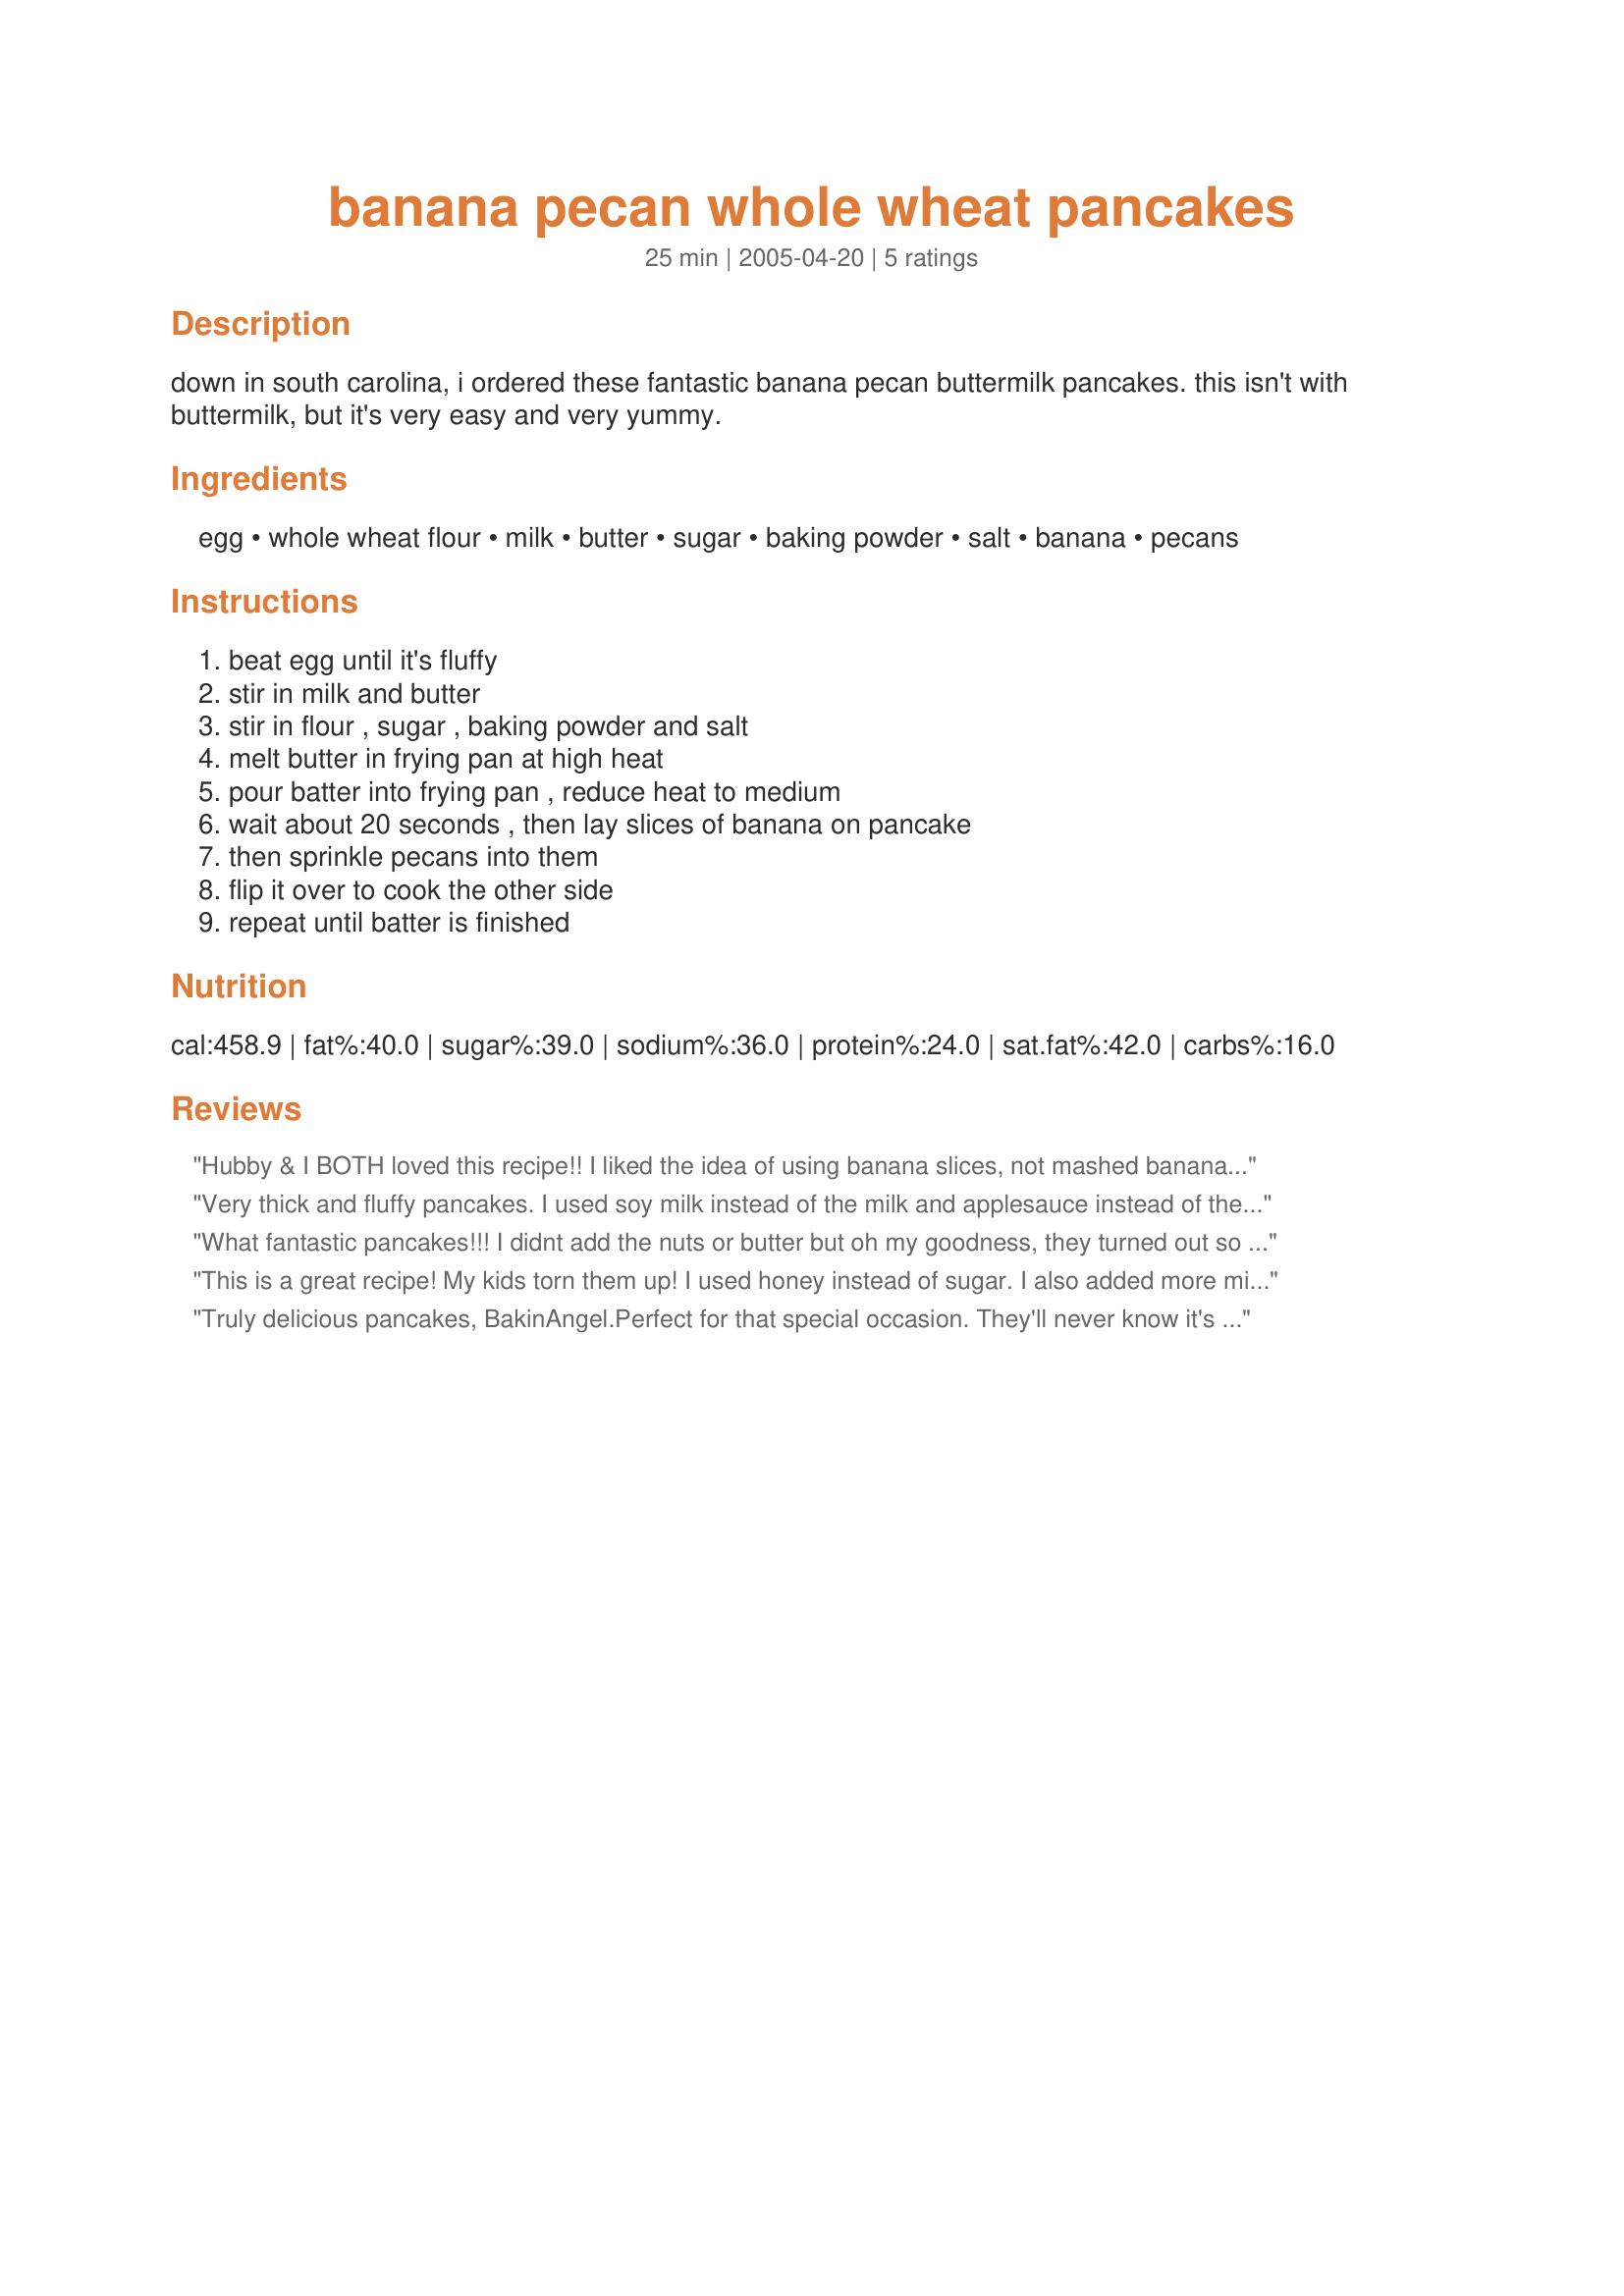
banana pecan whole wheat pancakes
Preparation time: 25 minutes

down in south carolina, i ordered these fantastic banana pecan buttermilk pancakes.
this isn't with buttermilk, but it's very easy and very yummy.

Ingredients:
egg, whole wheat flour, milk, butter, sugar, baking powder, salt, banana, pecans

Steps:
beat egg until it's fluffy, stir in milk and butter, stir in flour , sugar , baking powder and salt, melt butter in frying pan at high heat, pour batter into frying pan , reduce heat to medium, wait about 20 seconds , then lay slices of banana on pancake, then sprinkle pecans into them, flip it over to cook the other side, repeat until batter is finished

Reviews:
Hubby & I BOTH loved this recipe!! I liked the idea of using banana slices, not mashed banana! I cut the recipe by a third & added a few tbsp of oats for texture/nutrition. I used skim milk but used low fat buttermilk for my hubby, who loves that--plus I only used 1/2 tsp baking powder (I cut the recipe into a third) & they were still nice & fluffy. Also added some cinnamon--yum! I used walnuts like another reviewer. I would advise laying the banana slices away from the edges of the pancakes; makes flipping easier--and to wait a good few minutes to let the insides cook b/c the bananas will get nice & browned up. If you try to remove the pancakes too soon the bananas will still be kinda mushy & will make things a little messy :-). The directions were great, tho--and really helpful. Thank you for sharing this wonderful recipe!
Very thick and fluffy pancakes. I used soy milk instead of the milk and applesauce instead of the egg, also brown sugar instead of white sugar. I forgot the butter/oil but they were still excellent without. I used chopped walnuts as I had this on hand, the only thing I would possibly change is to add some vanilla and cinnamon to the next batch and I may try buttermilk or soured milk (put a tbsp. of lemon juice in a measuring cup and fill with milk and let sit for about 10 minutes)in the next batch. Great recipe, thanks for sharing! Update: made these with 1/4 applesauce and walnuts, about 1/2-1 tsp vanilla and cinnamon, they rocked! This is how I will make them from now on.
What fantastic pancakes!!! I didnt add the nuts or butter but oh my goodness, they turned out so fluffy and delicious!! My 4 year old ate 2 1/2 pancakes by herself!!
This is a great recipe! My kids torn them up! I used honey instead of sugar. I also added more milk and a little water (maybe a cup and a fourth of milk and 2 tbl spoons of water) so that the pancakes would be a little thinner. I made about 10 to 12 pancakes. I also put cream cheese and honey between two pancakes to make stuffed pancakes when I served them! They were delicious!
Truly delicious pancakes, BakinAngel.Perfect for that special occasion. They'll never know it's whole wheat.
